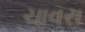
ચાવરા